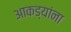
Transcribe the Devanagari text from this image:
आकड्यांना